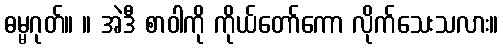
ဓမ္မဂုတ်။ ။ အဲဒီ စာဝါကို ကိုယ်တော်ကော လိုက်သေးသလား။